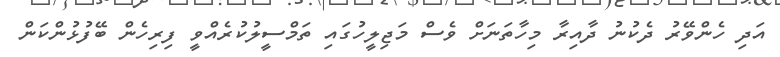
އަދި ހެންވޭރު ދެކުނު ދާއިރާ މިހާތަނަށް ވެސް މަޖިލީހުގައި ތަމްސީލުކުރެއްވީ ފިރިހެން ބޭފުޅުންކަން